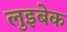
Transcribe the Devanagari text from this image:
लुइबेक